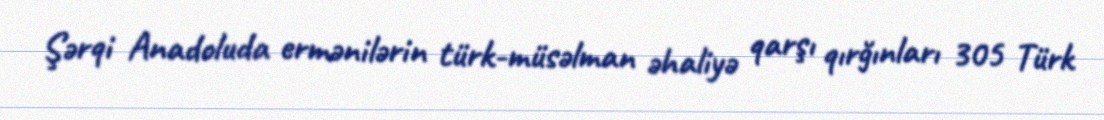
Şərqi Anadoluda ermənilərin türk-müsəlman əhaliyə qarşı qırğınları 305 Türk